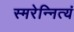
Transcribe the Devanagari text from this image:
स्मरेन्नित्यं